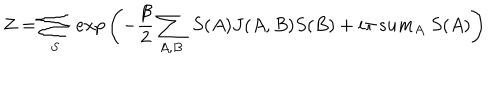
LaTeX: Z = \sum _ { S } \ e x p \left( - { \frac { \beta } { 2 } } \sum _ { A , B } \ S ( A ) J ( A , B ) S ( B ) + i \pi \, s u m _ { A } \ S ( A ) \right)